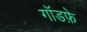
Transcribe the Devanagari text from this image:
गॉडफ़े